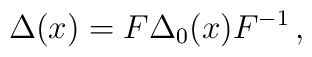
\Delta(x)=F\Delta_0(x)F^{-1}\,,